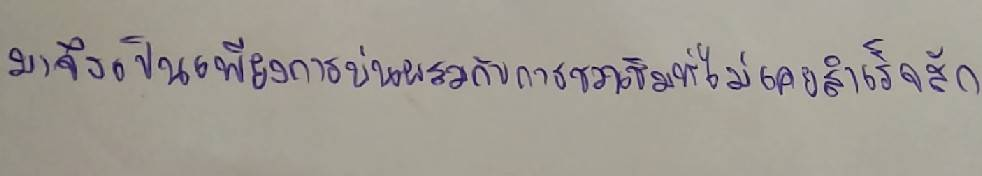
มาจึงเป็นเพียงการบ่นผสมกับการชวนชิมที่ไม่เคยสำเร็จสัก